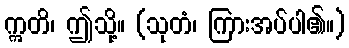
ဣတိ၊ ဤသို့။ (သုတံ၊ ကြားအပ်ပါ၏။)